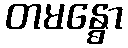
တမန္ဓော